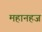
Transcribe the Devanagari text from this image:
महानहज